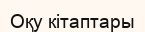
Оқу кітаптары